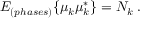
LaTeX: E _ { ( p h a s e s ) } \{ \mu _ { k } \mu _ { k } ^ { \ast } \} = N _ { k } \; .